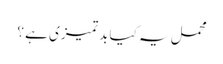
محمل یہ کیا بد تمیزی ہے ؟